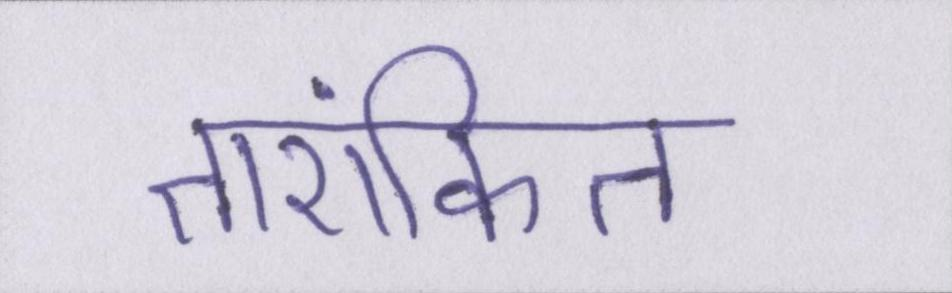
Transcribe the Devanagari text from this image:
तारांकित